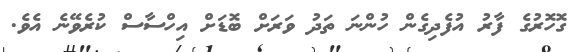
ގޮހޮރުގެ ފާރު އުފެދިގެން ހުންނަ ތަދު ވަރަށް ބޮޑަށް އިހްސާސް ކުރެވޭނެ އެވެ.